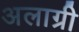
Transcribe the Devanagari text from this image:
अलाग्री